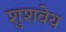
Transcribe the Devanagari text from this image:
शुशवेय